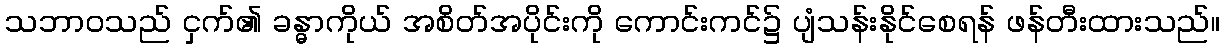
သဘာဝသည် ငှက်၏ ခန္ဓာကိုယ် အစိတ်အပိုင်းကို ကောင်းကင်၌ ပျံသန်းနိုင်စေရန် ဖန်တီးထားသည်။